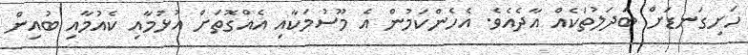
ހަށިގަނޑަށް ބަދަލުތަކެއް އާދެއެވެ. އެހެންކަމުން އެ މޫސުމަކާއި އެއްގޮތަށް އުޅުމާއި ކެއުމާއި ބުއިން